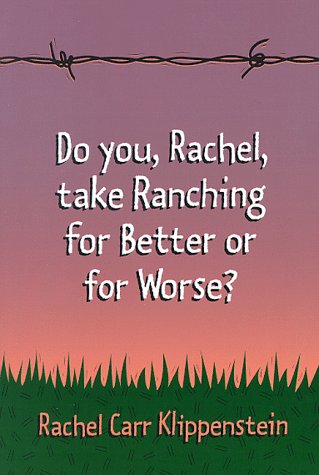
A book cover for Do You, Rachel, Take Ranching for Better or for Worse?; Rachel Carr Klippenstein; Humor & Entertainment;